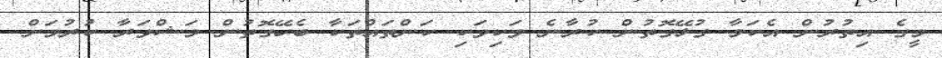
މީގެ އިތުރުން އެކަމާ ގުޅޭގޮތުން ކުރާނެ ވަކިވަކި ކަންތައްތަކާ ބެހޭގޮތުން މަޝްވަރާ ކުރުމަށް